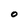
Character: O